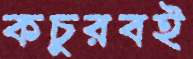
কচুরবই